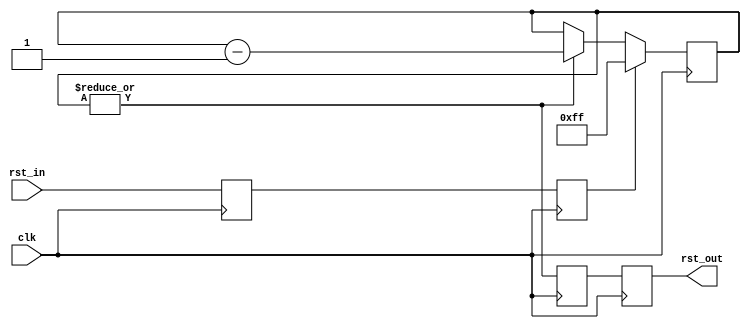
// reset.v
// simple reset generator with external reset input
// 2020, Rok Krajnc <rok.krajnc@gmail.com>


module reset #(
  parameter NCK = 1,  // number of input clocks and reset outputs, min 1
  parameter RCV = 255 // counter max value, min 1
)(
  // clock
  input  wire [NCK-1:0] clk,
  // asynchronous reset input
  input  wire           rst_in,
  // reset signal output
  output wire [NCK-1:0] rst_out
);


//// local parameters ////
localparam RCW = $clog2(RCV);


//// param check ////
initial begin
  if (NCK < 1) begin $error("NCK set to unsupported value: %1d", NCK); end
  if (RCV < 1) begin $error("RCV set to unsupported value: %1d", RCV); end
end


//// internal signals ////
genvar i;
reg   [RCW-1:0] rst_cnt         = RCV[RCW-1:0];
wire            rst_cnt0;
reg             rst_in_sync_0   = 1'b1;
reg             rst_in_sync_1   = 1'b1;
reg   [NCK-1:0] rst_out_sync_0  = {NCK{1'b1}};
reg   [NCK-1:0] rst_out_sync_1  = {NCK{1'b1}};


//// reset input sync ////
always @ (posedge clk[0]) rst_in_sync_0 <= rst_in;
always @ (posedge clk[0]) rst_in_sync_1 <= rst_in_sync_0;


//// reset counter (only on clock 0!) ////
always @ (posedge clk[0]) begin
  if (rst_in_sync_1)
    rst_cnt <= #1 RCV[RCW-1:0];
  else if (rst_cnt0)
    rst_cnt <= #1 rst_cnt - 1'd1;
end

assign rst_cnt0 = |rst_cnt;


//// reset output sync ////
generate for (i=0; i<NCK; i=i+1) begin : RST_OUT_SYNC_BLOCK
always @ (posedge clk[i]) rst_out_sync_0[i] <= rst_cnt0;
always @ (posedge clk[i]) rst_out_sync_1[i] <= rst_out_sync_0[i];
end endgenerate


//// reset output ////
assign rst_out = rst_out_sync_1;


endmodule